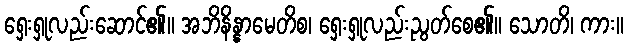
ရှေးရှုလည်းဆောင်၏။ အဘိနိန္နာမေတိစ၊ ရှေးရှုလည်းညွတ်စေ၏။ သောတိ၊ ကား။